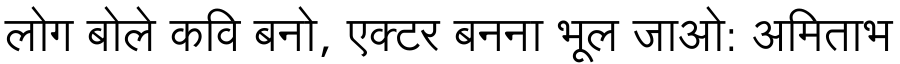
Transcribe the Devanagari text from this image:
लोग बोले कवि बनो, एक्टर बनना भूल जाओ: अमिताभ